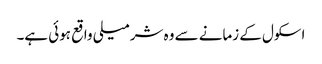
اسکول کے زمانے سے وہ شرمیلی واقع ہوئی ہے۔